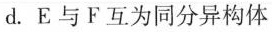
d.E与F互为同分异构体